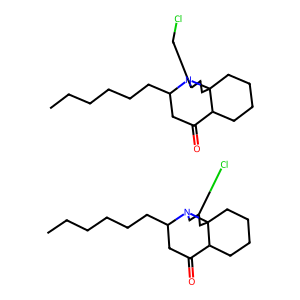
SMILES: CCCCCCC1CC(=O)C2CCCCC23CC(Cl)CN13.CCCCCCC1CC(=O)C2CCCCC23CCC(CCl)N13
Inhibits HIV replication: No